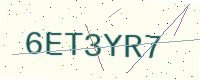
Text: 6ET3YR7